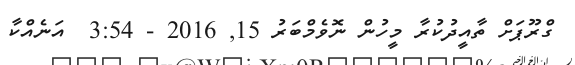
ގްރޫޕަށް ތާއީދުކުރާ މީހުން ނޮވެމްބަރު 15